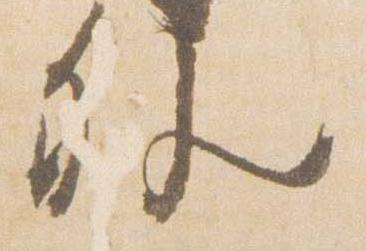
外